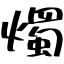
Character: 燭